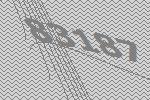
83187